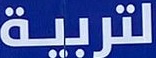
لتربیة